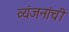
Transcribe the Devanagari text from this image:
व्यंजनांची